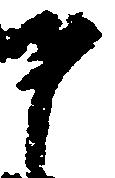
之